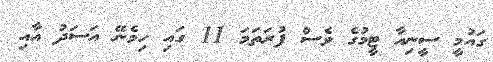
ގައުމީ ސީނިއާ ޓީމުގެ ވެސް ފުރަތަމަ 11 ގައި ހިމެނޭ އަސަދު އާއި